Scottish Certificate of Education, 1963
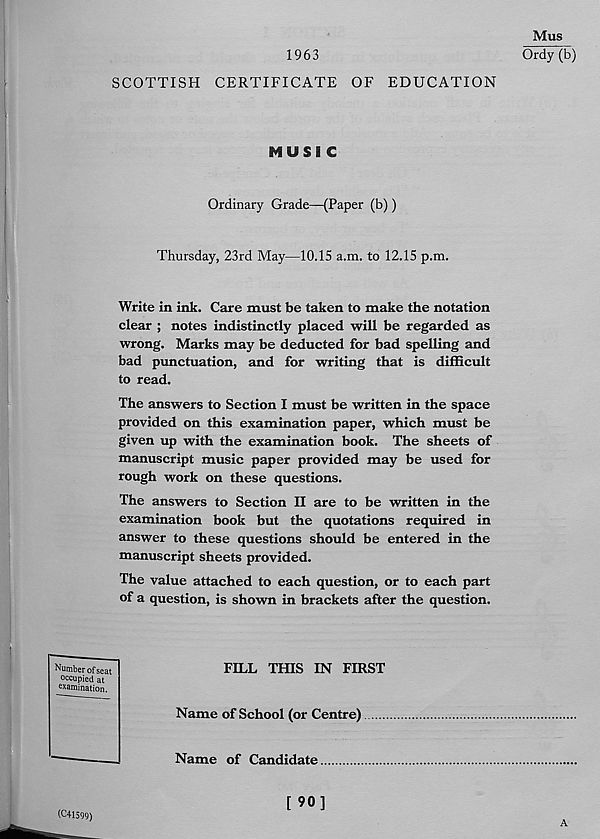
1963
SCOTTISH CERTIFICATE OF EDUCATION
Mus
Ordy (b)
MUSIC
Ordinary Grade—(Paper (b) )
Thursday, 23rd May—10.15 a.m. to 12.15 p.m.
Write in ink. Care must be taken to make the notation
clear ; notes indistinctly placed will be regarded as
wrong. Marks may be deducted for bad spelling and
bad punctuation, and for writing that is difficult
to read.
The answers to Section I must be written in the space
provided on this examination paper, which must be
given up with the examination book. The sheets of
manuscript music paper provided may be used for
rough work on these questions.
The answers to Section II are to be written in the
examination book but the quotations required in
answer to these questions should be entered in the
manuscript sheets provided.
The value attached to each question, or to each part
of a question, is shown in brackets after the question.
'
Number of seat
occupied at
examination.
FILL THIS IN FIRST
Name of School (or Centre)
Name of Candidate
(C41599)
[ 90]
A